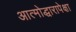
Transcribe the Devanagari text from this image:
आत्मोद्धारापेक्षा